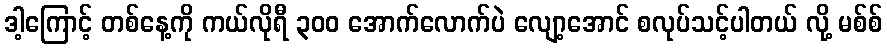
ဒါ့ကြောင့် တစ်နေ့ကို ကယ်လိုရီ ၃၀၀ အောက်လောက်ပဲ လျော့အောင် စလုပ်သင့်ပါတယ် လို့ မစ်စ်